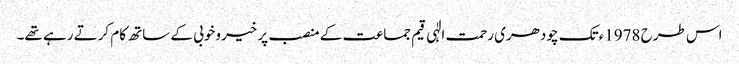
اس طرح 1978ءتک چودھری رحمت الٰہی قیم جماعت کے منصب پر خیروخوبی کے ساتھ کام کرتے رہے تھے۔